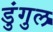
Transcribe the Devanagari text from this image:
डुंगुल